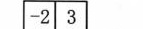
-2 3